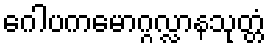
ဂေါပကမောဂ္ဂလ္လာနသုတ္တံ